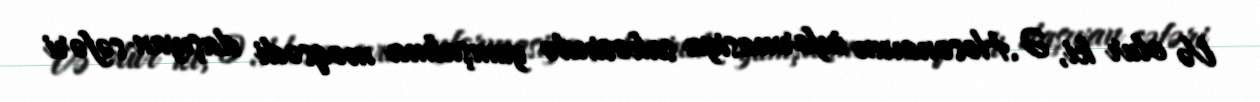
Və olur ki, Ə.Həsənovun informasiya sahəsində yumşalma məqsədi daşıyan səfəri